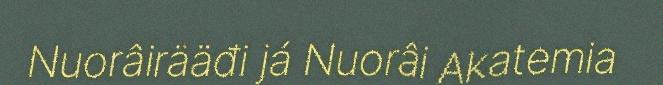
Nuorâirääđi já Nuorâi Akatemia